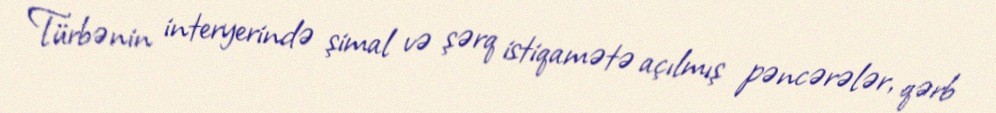
Türbənin interyerində şimal və şərq istiqamətə açılmış pəncərələr, qərb